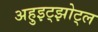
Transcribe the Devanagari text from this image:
अहुइट्झोट्ल